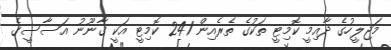
މަޖިލީހުގެ ދާއިމީ ކޮމިޓީ ތަކުގެ ތެރެއިން 241 ކޮމިޓީ އަކީ ގާނޫނު އަސާސީގެ